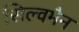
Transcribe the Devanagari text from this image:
सिल्वमैन